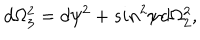
d \Omega _ { 3 } ^ { 2 } = d \psi ^ { 2 } + s i n ^ { 2 } \psi d \Omega _ { 2 } ^ { 2 } ,